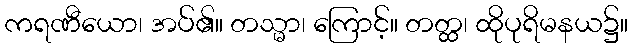
ကရဏီယော၊ အပ်၏။ တသ္မာ၊ ကြောင့်။ တတ္ထ၊ ထိုပုရိမနယ၌။